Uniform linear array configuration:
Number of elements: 48
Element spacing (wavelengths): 0.5
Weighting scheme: uniform
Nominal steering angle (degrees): -45
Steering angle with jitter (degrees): -44.628
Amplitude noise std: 0.05
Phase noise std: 0.05

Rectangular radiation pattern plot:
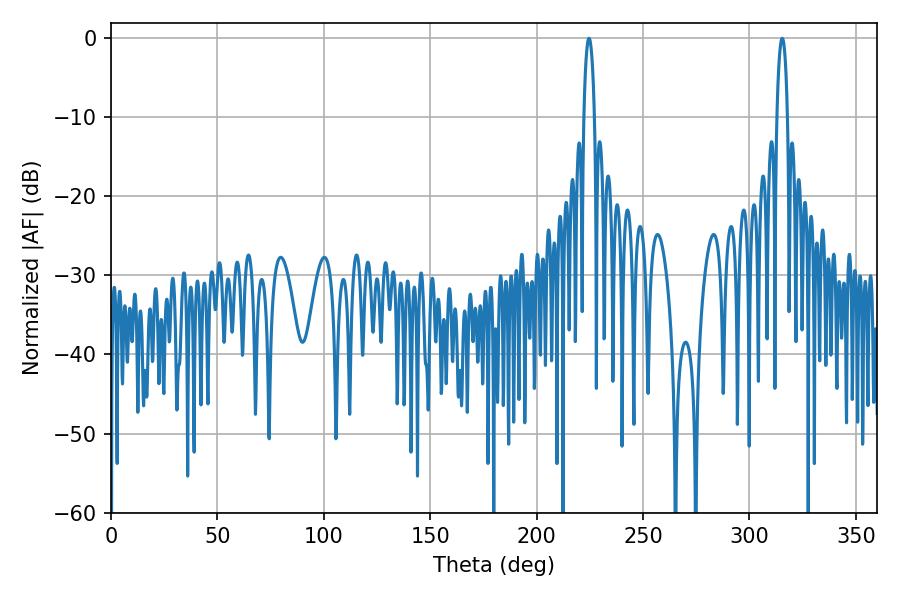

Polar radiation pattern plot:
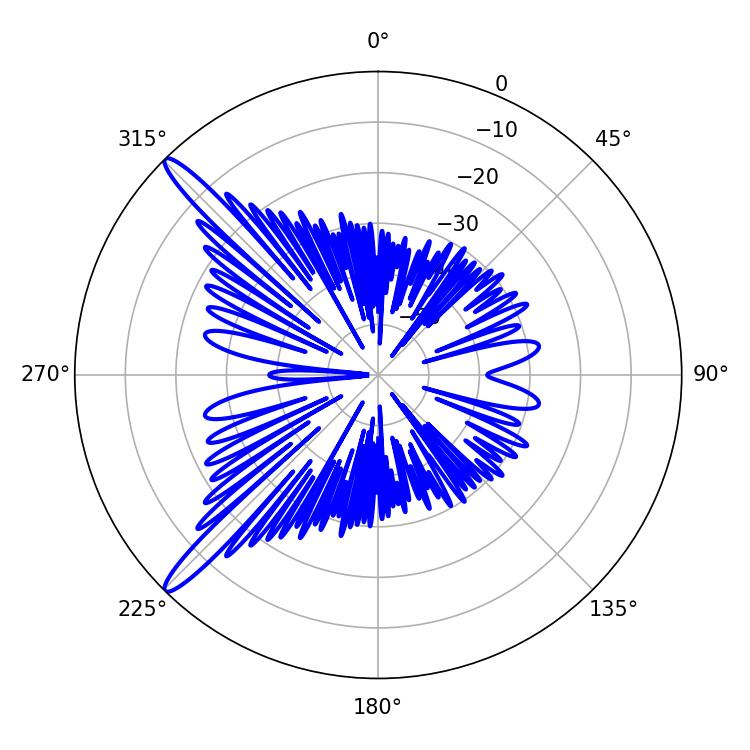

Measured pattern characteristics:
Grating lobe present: FALSE
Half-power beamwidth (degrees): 2.88
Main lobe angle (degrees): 315.36